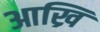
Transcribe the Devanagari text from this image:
आख्रि